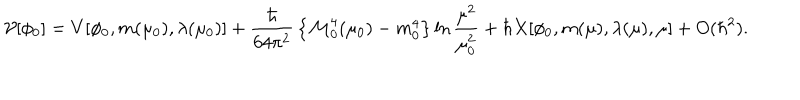
LaTeX: { \cal V } [ \phi _ { 0 } ] = V [ \phi _ { 0 } , m ( \mu _ { 0 } ) , \lambda ( \mu _ { 0 } ) ] + { \frac { \hbar } { 6 4 \pi ^ { 2 } } } \left\{ { \cal M } _ { 0 } ^ { 4 } ( \mu _ { 0 } ) - m _ { 0 } ^ { 4 } \right\} \ln { \frac { \mu ^ { 2 } } { \mu _ { 0 } ^ { 2 } } } + \hbar X [ \phi _ { 0 } , m ( \mu ) , \lambda ( \mu ) , \mu ] + O ( \hbar ^ { 2 } ) .